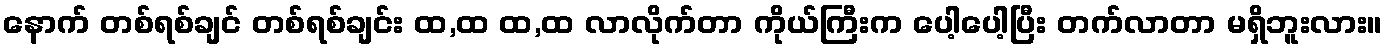
နောက် တစ်ရစ်ချင် တစ်ရစ်ချင်း ထ,ထ ထ,ထ လာလိုက်တာ ကိုယ်ကြီးက ပေါ့ပေါ့ပြီး တက်လာတာ မရှိဘူးလား။